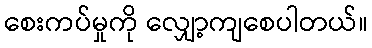
စေးကပ်မှုကို လျှော့ကျစေပါတယ်။